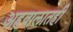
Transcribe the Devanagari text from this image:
अहवालातही